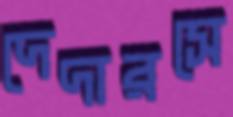
দেদারসে